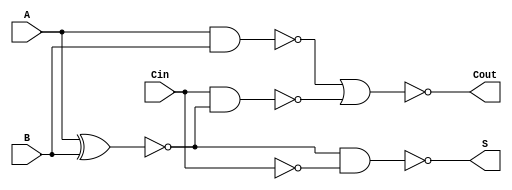
module NegativeCircuitFullAdder (
    input wire A,     // First input bit
    input wire B,     // Second input bit
    input wire Cin,   // Carry-in bit
    output wire S,    // Sum output
    output wire Cout  // Carry-out output
);

// Internal wires for intermediate calculations
wire A_xor_B;      // Intermediate wire for A XOR B
wire A_and_B;      // Intermediate wire for A AND B
wire Cin_and_A_xor_B; // Intermediate wire for Cin AND (A XOR B)

// Calculate A XOR B
assign A_xor_B = ~(A ^ B); // Negative logic for XOR

// Calculate A AND B
assign A_and_B = ~(A & B); // Negative logic for AND

// Calculate Cin AND (A XOR B)
assign Cin_and_A_xor_B = ~(Cin & ~(A ^ B)); // Negative logic for AND with Cin

// Calculate negative sum output
assign S = ~(A_xor_B & ~Cin); // Negative logic for Sum

// Calculate negative carry-out output
assign Cout = ~(A_and_B | Cin_and_A_xor_B); // Negative logic for Carry-out

endmodule